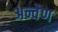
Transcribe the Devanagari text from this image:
अन्वेण